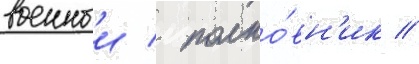
военныи / полко́вн'ик //